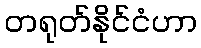
တရုတ်နိုင်ငံဟာ